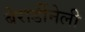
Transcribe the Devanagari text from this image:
बेरार्डीनेली